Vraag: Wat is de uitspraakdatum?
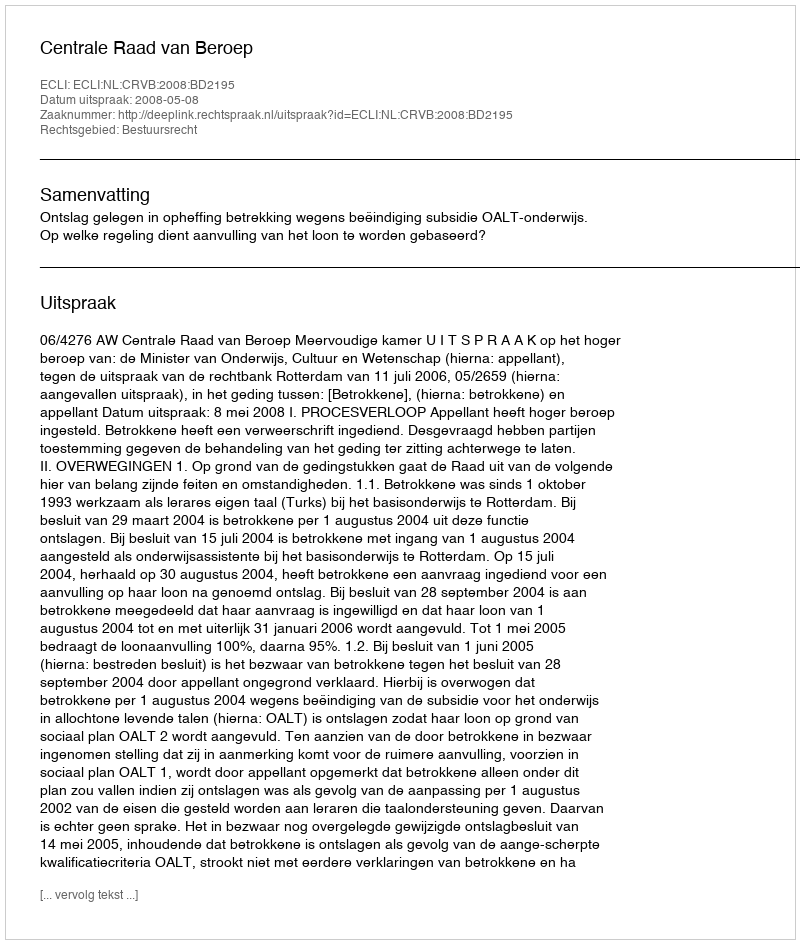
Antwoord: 2008-05-08